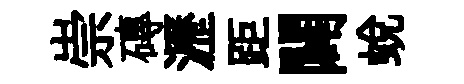
崇磚瀝距闢蜕